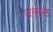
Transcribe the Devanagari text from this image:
पालमेंट